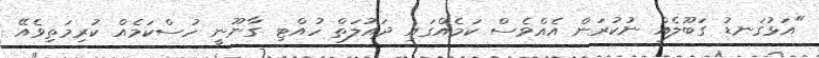
"އަޅުގަނޑު ގަބޫލެއް ނުކުރަން އެއްވެސް ކަމެއްގައި ދައުލަތް ހުއްޓި ގާނޫނީ ހުސްކަމެއް ކުރިމަތިވެއޭ